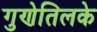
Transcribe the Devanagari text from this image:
गुणेतिलके